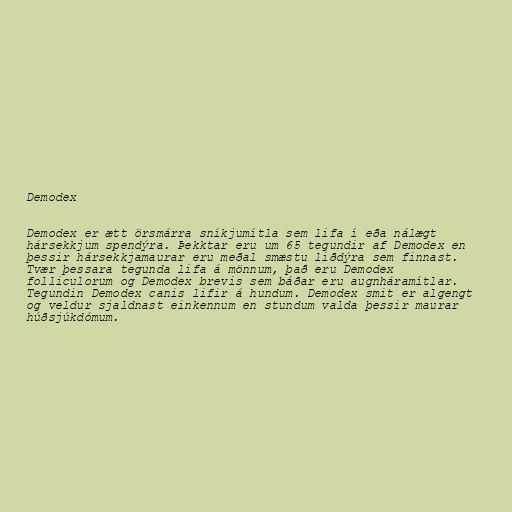
Demodex

Demodex er ætt örsmárra sníkjumítla sem lifa í eða nálægt
hársekkjum spendýra. Þekktar eru um 65 tegundir af Demodex en
þessir hársekkjamaurar eru meðal smæstu liðdýra sem finnast.
Tvær þessara tegunda lifa á mönnum, það eru Demodex
folliculorum og Demodex brevis sem báðar eru augnháramítlar.
Tegundin Demodex canis lifir á hundum. Demodex smit er algengt
og veldur sjaldnast einkennum en stundum valda þessir maurar
húðsjúkdómum.